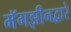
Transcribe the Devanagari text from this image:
मॅगझीनद्वारे